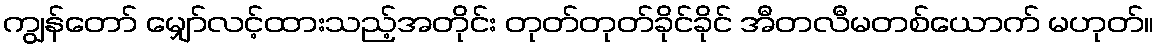
ကျွန်တော် မျှော်လင့်ထားသည့်အတိုင်း တုတ်တုတ်ခိုင်ခိုင် အီတလီမတစ်ယောက် မဟုတ်။